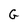
Character: G